Report of the Indian Hemp Drugs Commission, 1894-1895 - Volume VII
Year: 1894
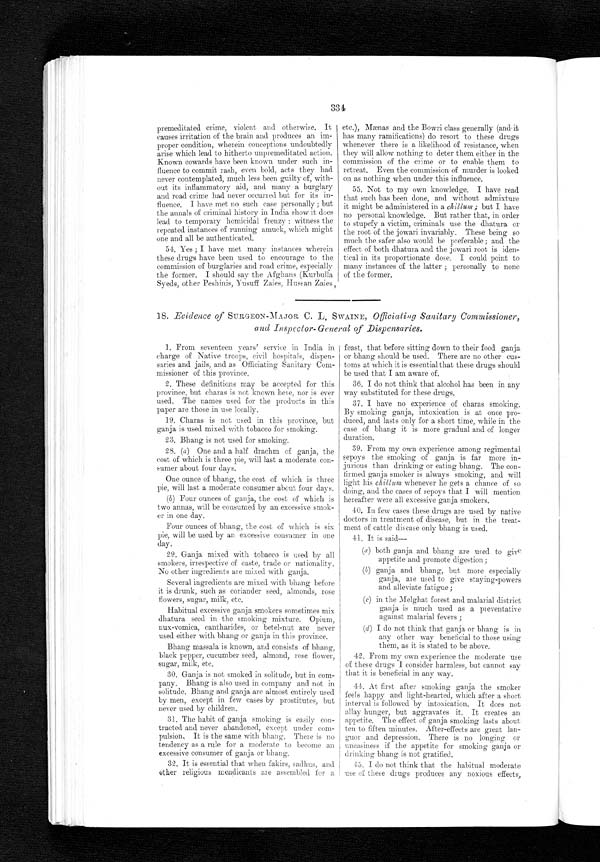
334
premeditated crime, violent and otherwise. It
causes irritation of the brain and produces an im-
proper condition, wherein conceptions undoubtedly
arise which lead to hitherto unpremeditated action.
Known cowards have been known under such in-
fluence to commit rash, even bold, acts they had
never contemplated, much less been guilty of, with-
out its inflammatory aid, and many a burglary
and road crime had never occurred. but for its in-
fluence. I have met no such case personally ; but
the annals of criminal history in India show it does
lead to temporary homicidal frenzy : witness the
repeated instances of running amuck, which might
one and all be authenticated.
54. Yes ; I have met many instances wherein
these drugs have been used to encourage to the
commission of burglaries and road crime, especially
the former. I should say the Afghans (Kurbulla
Syeds, other Peshinis, Yusuff Zaies, Hussan Zaies,
etc.), Mænas and the Bowri class generally (and it
has many ramifications) do resort to these drugs
whenever there is a likelihood of resistance, when
they will allow nothing to deter them either in the
commission of the crime or to enable them to
retreat. Even the commission of murder is looked
on as nothing when under this influence.
55. Not to my own knowledge. I have read
that such has been done, and without admixture
it might be administered in a chillum ; but I have
no personal knowledge. But rather that, in order
to stupefy a victim, criminals use the dhatura or
the root of the jowari invariably. These being so
much the safer also would be preferable; and the
effect of both dhatura and the jowari root is iden-
tical in its proportionate dose. I could point to
many instances of the latter ; personally to none
of the former.
18 . Evidence of SURGEON-MAJOR C. L. SWAINE, Officiating Sanitary Commissioner,
and Inspector- General of Dispensaries.
1. From seventeen years' service in India in
charge of Native troops, civil hospitals, dispen-
saries and jails, and as Officiating Sanitary Com-
missioner of this province.
2. These definitions may be accepted for this
province, but charas is not known here, nor is ever
used. The names used for the products in this
paper are those in use locally.
19. Charas is not used in this province, but
ganja is used mixed with tobacco for smoking.
23. Bhang is not used for smoking.
28. (a) One and a half drachm of ganja, the
cost of which is three pie, will last a moderate con-
sumer about four days.
One ounce of bhang, the cost of which is three
pie, will last a moderate consumer about four days.
(b) Four ounces of ganja, the cost of which is
two minas, will be consumed by an excessive smok-
er in one day.
Four ounces of bhang, the cost of which is six
pie, will be used by an excessive consumer in one
day.
29. Ganja mixed with tobacco is used by all
smokers, irrespective of caste, trade or nationality.
No other ingredients are mixed with ganja.
Several ingredients are mixed with bhang before
it is drunk, such as coriander seed, almonds, rose
flowers, sugar, milk, etc.
Habitual excessive ganja smokers sometimes mix
dhatura seed in the smoking mixture. Opium,
nux-vomica, cantharides, or betel-nut are never
used either with bhang or ganja in this province.
Bhang massala is known, and consists of bhang,
black pepper, cucumber seed, almond, rose flower,
sugar, milk, etc.
30. Ganja is not smoked in solitude, but in com-
pany. Bhang is also used in company and not in
solitude. Bhang and ganja are almost entirely used
by men, except in few cases by prostitutes, but
never used by children.
31. The habit of ganja smoking is easily con-
tracted and never abandoned, except under com-
pulsion. It is the same with bhang. There is no
tendency as a rule for a moderate to become an
excessive consumer of ganja or bhang.
32. It is essential that when fakirs, sadhus, and
other religious mendicants are assembled for a
feast, that before sitting down to their food ganja
or bhang should be used. There are no other cus-
toms at which it is essential that these drugs should
be used that I am aware of.
36. I do not think that alcohol has been in any
way substituted for these drugs.
37. I have no experience of charas smoking.
By smoking ganja, intoxication is at once pro-
duced, and lasts only for a short time, while in the
case of bhang it is more gradual and of longer
duration.
39. From my own experience among regimental
sepoys the smoking of ganja is far more in-
jurious than drinking or eating bhang. The con-
firmed ganja smoker is always smoking, and will
light his chillum whenever he gets a chance of so
doing, and the cases of sepoys that I will mention.
hereafter were all excessive ganja smokers.
40. In few eases these drugs are used by native
doctors in treatment of disease, but in the treat-
ment of cattle disease only bhang is used.
41. It is said—
(a ) both ganja and bhang are used to give
appetite and promote digestion;
( b) ganja and bhang, but more especially
ganja, are used to give staying-powers
and alleviate fatigue;
(c) in the Melghat forest and malarial district
ganja is much used as a preventative
against malarial fevers ;
(d) I do not think that ganja or bhang is in
any other way beneficial to those using
them, as it is stated to be above.
42. From my own experience the moderate use
of these drugs I consider harmless, but cannot say
that it is beneficial in any way.
44. At first after smoking ganja the smoker
feels happy and light-hearted, which after a short
interval is followed by intoxication. It does not
allay hunger, but aggravates it. It creates an
appetite. The effect of ganja smoking lasts about
ten to fiften minutes. After-effects are great lan-
guor and depression. There is no longing or
uneasiness if the appetite for smoking ganja or
drinking bhang is not gratified.
45. I do not think that the habitual moderate
use of these drugs produces any noxious effects,